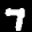
Label: 7